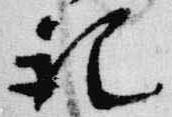
記